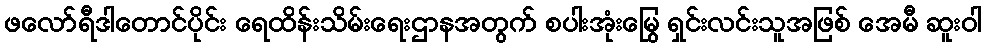
ဖလော်ရီဒါတောင်ပိုင်း ရေထိန်းသိမ်းရေးဌာနအတွက် စပါးအုံးမြွေ ရှင်းလင်းသူအဖြစ် အေမီ ဆူးဝါ